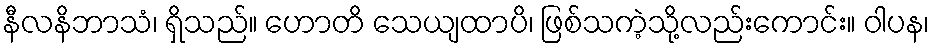
နီလနိဘာသံ၊ ရှိသည်။ ဟောတိ သေယျထာပိ၊ ဖြစ်သကဲ့သို့လည်းကောင်း။ ဝါပန၊